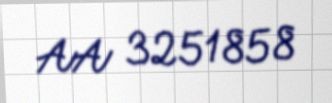
AA 3251858